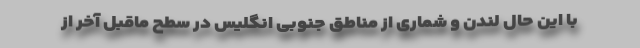
با این حال لندن و شماری از مناطق جنوبی انگلیس در سطح ماقبل آخر از